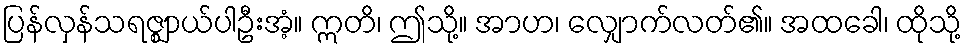
ပြန်လှန်သရဇ္ဈာယ်ပါဦးအံ့။ ဣတိ၊ ဤသို့။ အာဟ၊ လျှောက်လတ်၏။ အထခေါ၊ ထိုသို့